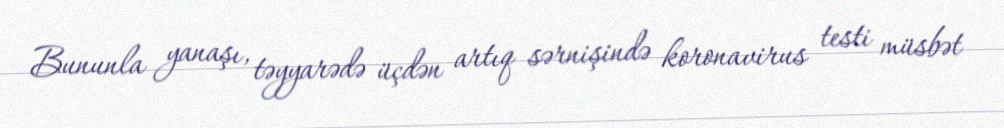
Bununla yanaşı, təyyarədə üçdən artıq sərnişində koronavirus testi müsbət